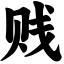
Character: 贱